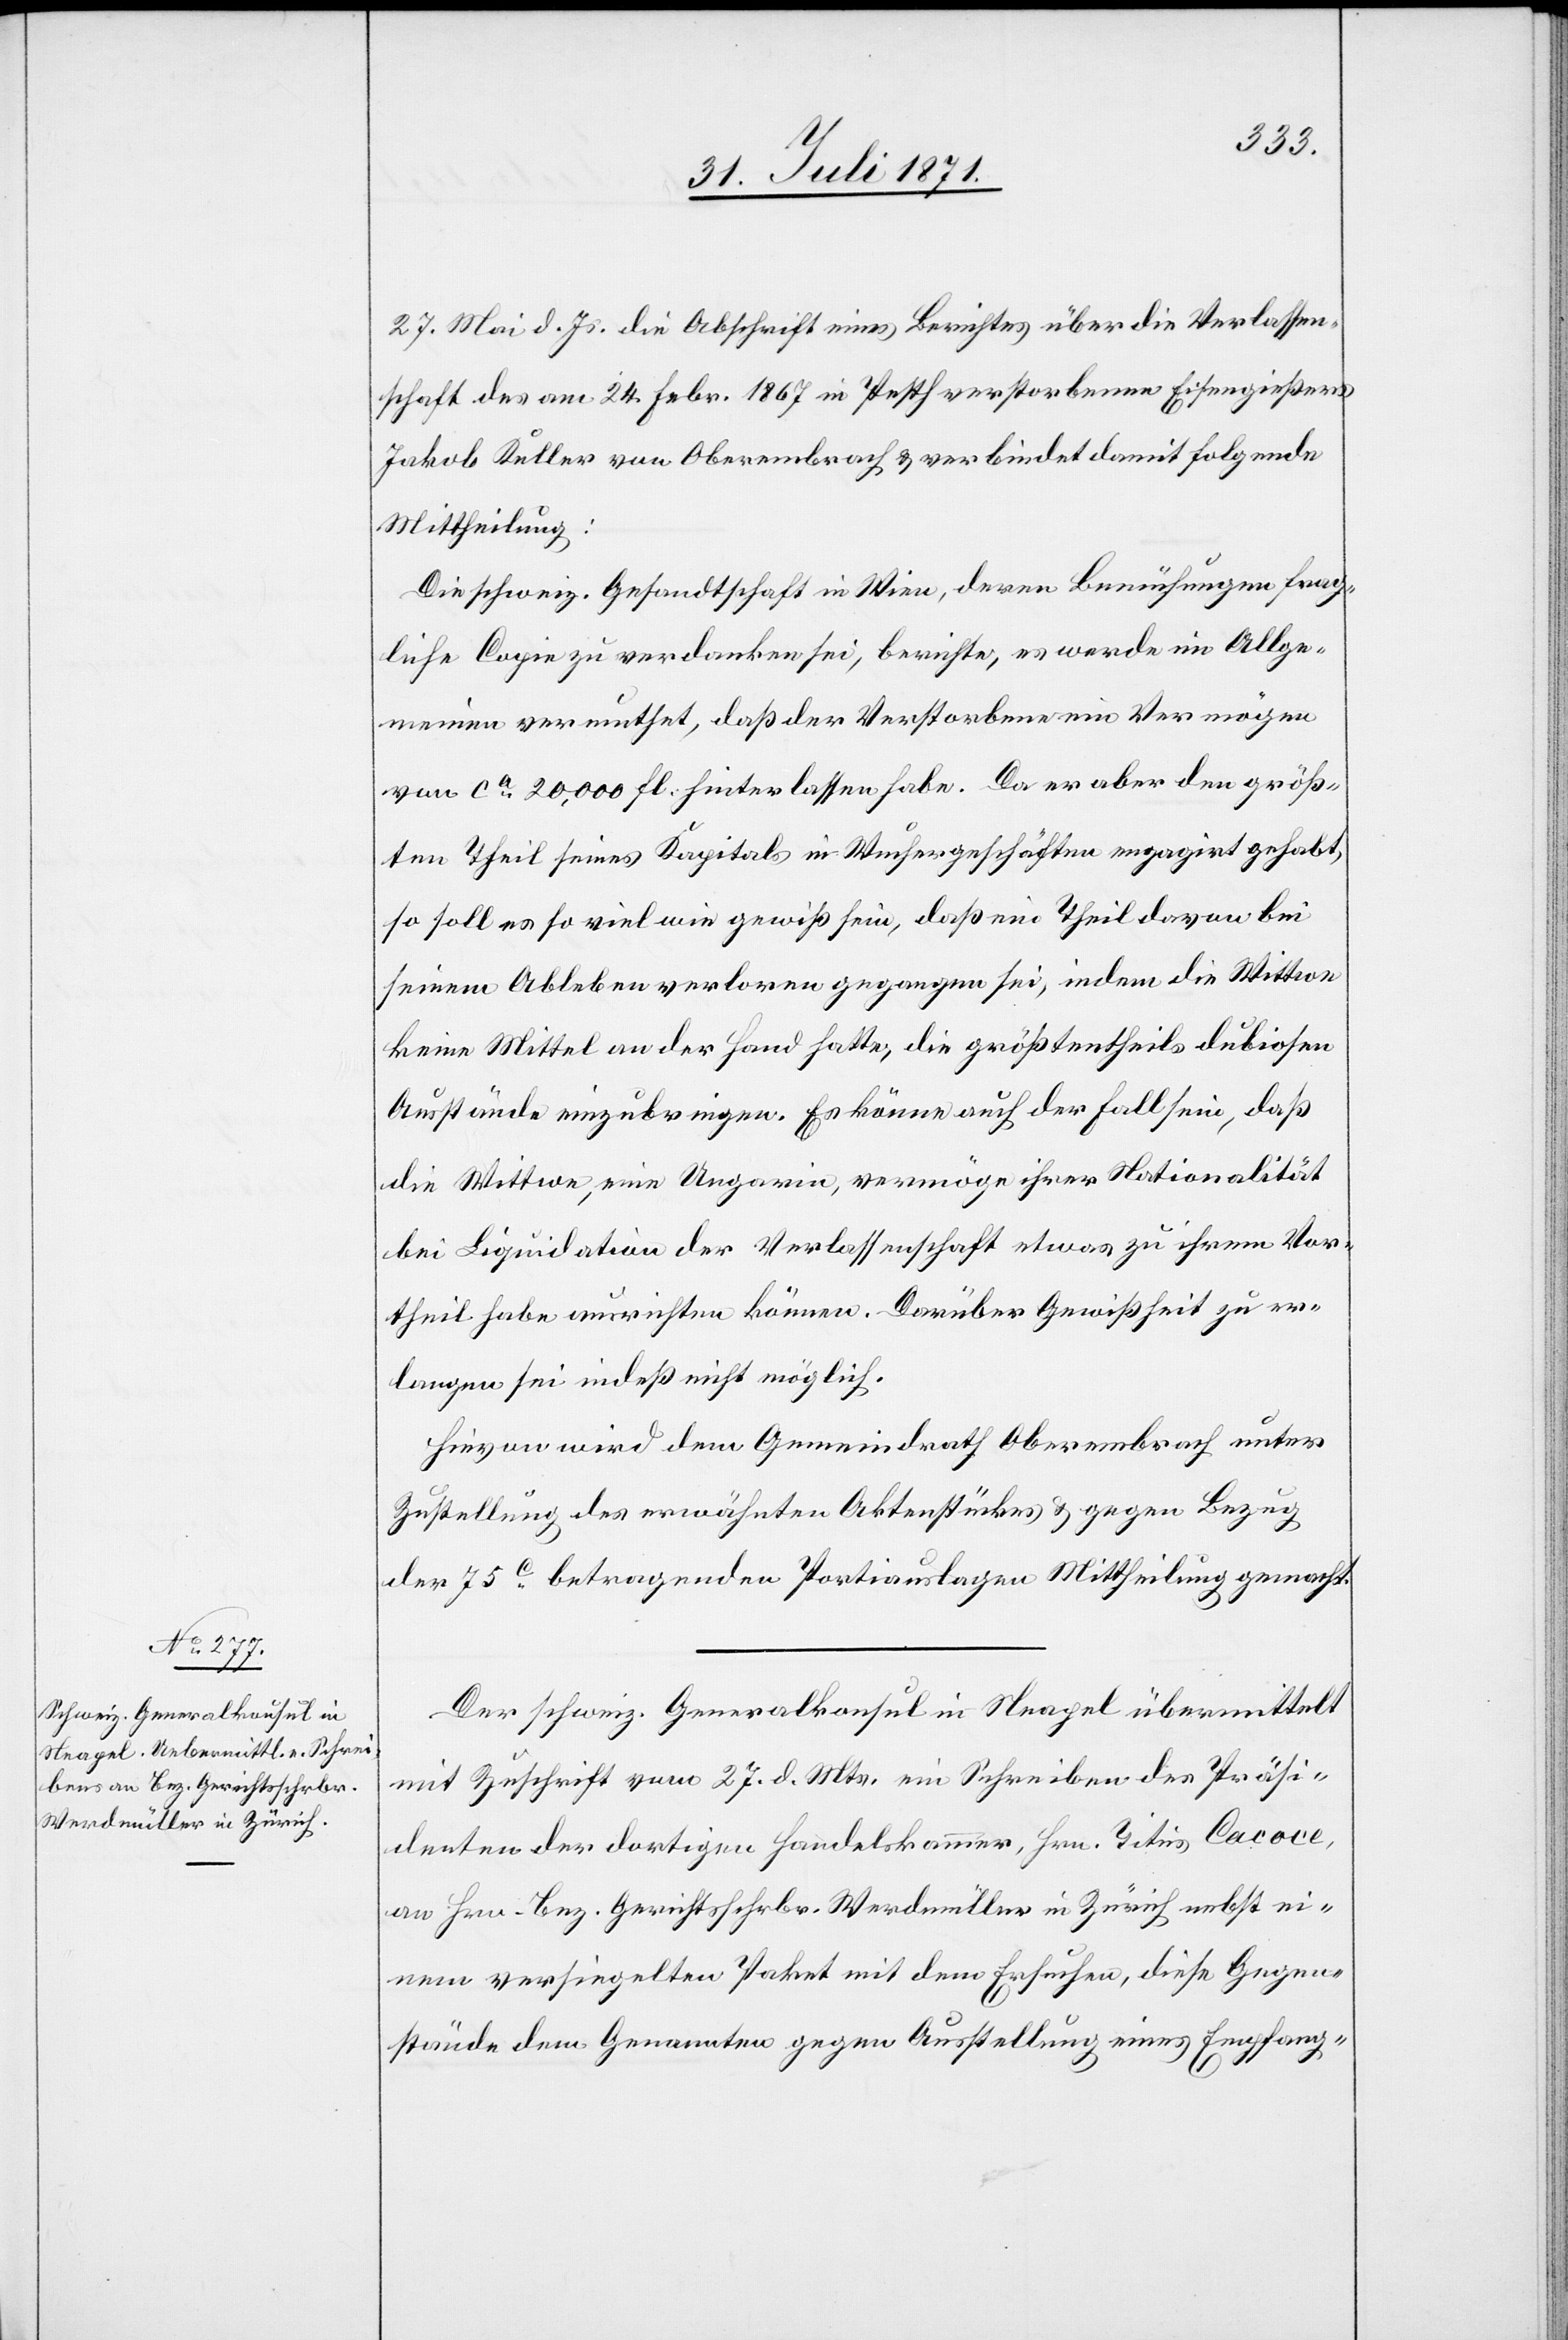
31. Juli 1871.]
27. Mai d. Js. die Abschrift eines Berichtes über die Verlassen¬
schaft des am 24. Febr. 1867 in Pesth verstorbenen Eisengießers
Jakob Keller von Oberembrach u. verbindet damit folgende
Mittheilung:
Die schweiz. Gesandtschaft in Wien, deren Bemühungen frag¬
liche Copie zu verdanken sei, berichte, es werde im Allge¬
meinen vermuthet, daß der Verstorbene ein Vermögen
von ca. 20,000 fl. hinterlassen habe. Da er aber den größ¬
ten Theil seines Kapitals in Wuchergeschäften engagirt gehabt,
so soll es so viel wie gewiß sein, daß ein Theil davon bei
seinem Ableben verloren gegangen sei, indem die Wittwe
keine Mittel an der Hand hatte, die größtentheils dubiosen
Ausstände einzubringen. Es könne auch der Fall sein, daß
die Wittwe, eine Ungarin, vermöge ihrer Nationalität
bei Liquidation der Verlassenschaft etwas zu ihrem Vor¬
theil habe ausrichten können. Darüber Gewißheit zu er¬
langen sei indeß nicht möglich.
Hievon wird dem Gemeindrath Oberembrach unter
Zustellung des erwähnten Aktenstückes u. gegen Bezug
der 75c. betragenden Portiauslagen Mittheilung gemacht.
Der schweiz. Generalkonsul in Neapel übermittelt
mit Zuschrift vom 27. d. Mts. ein Schreiben des Präsi¬
denten der dortigen Handelskammer, Hrn. Titus Cacoce,
an Hrn. Bez. Gerichtsschrbr. Werdmüller in Zürich nebst ei¬
nem versiegelten Paket mit dem Ersuchen, diese Gegen¬
stände dem Genannten gegen Ausstellung eines Empfang-